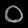
Digit: ၀